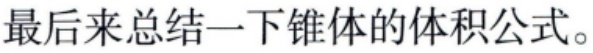
最后来总结一下锥体的体积公式。